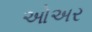
ઓઅર